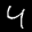
Label: 4